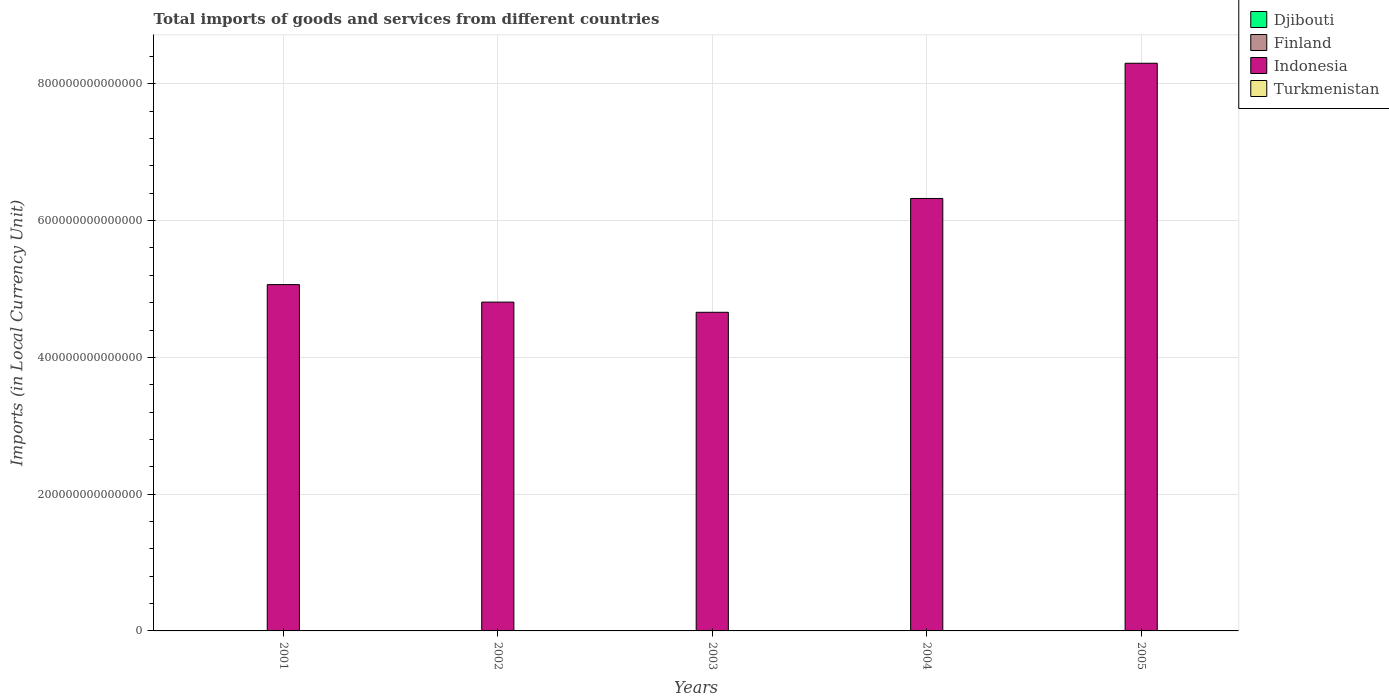
| Years | Djibouti | Finland | Indonesia | Turkmenistan |
 | --- | --- | --- | --- | --- |
 | 2001 | 4.66e+10 | 4.41e+10 | 5.06e+14 | 5.54e+09 |
 | 2002 | 4.6e+10 | 4.48e+10 | 4.81e+14 | 4.83e+09 |
 | 2003 | 5.42e+10 | 4.66e+10 | 4.66e+14 | 6.73e+09 |
 | 2004 | 6.41e+10 | 5.14e+10 | 6.32e+14 | 8.79e+09 |
 | 2005 | 6.42e+10 | 5.98e+10 | 8.3e+14 | 8.53e+09 |